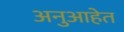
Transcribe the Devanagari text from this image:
अनुआहेत